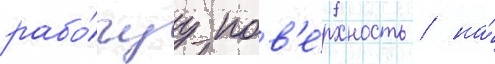
рабо́чуу пов'е́рхность / на́